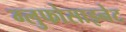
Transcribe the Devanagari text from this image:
ग्लुफोसाइनेट